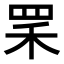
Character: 𦊜